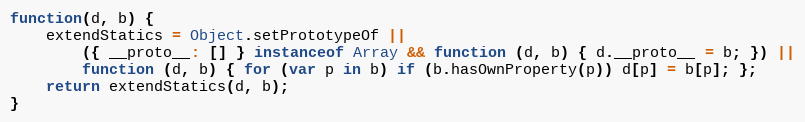
Language: JavaScript
function(d, b) {
    extendStatics = Object.setPrototypeOf ||
        ({ __proto__: [] } instanceof Array && function (d, b) { d.__proto__ = b; }) ||
        function (d, b) { for (var p in b) if (b.hasOwnProperty(p)) d[p] = b[p]; };
    return extendStatics(d, b);
}